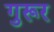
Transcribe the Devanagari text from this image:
गुरूर